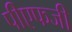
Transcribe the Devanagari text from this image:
पीएफजी